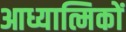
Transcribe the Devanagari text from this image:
आध्यात्मिकों